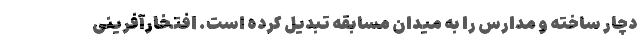
دچار ساخته و مدارس را به میدان مسابقه تبدیل کرده است. افتخارآفرینیِ